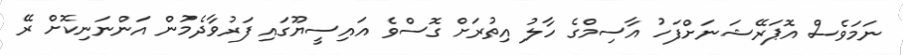
ނަމަވެސް އޮޕަރޭޝަނަށްފަހު އާސިމްގެ ހާލު އިތުރަށް ގޮސްވެ އައިސީޔޫގައި ފަރުވާދެމުން އަންނަނިކޮށް ރޭ